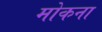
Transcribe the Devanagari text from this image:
मोकना